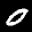
Label: 0